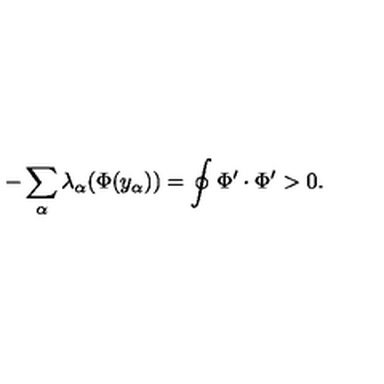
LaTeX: - \sum _ { \alpha } \lambda _ { \alpha } ( \Phi ( y _ { \alpha } ) ) = \oint \Phi ^ { \prime } \cdot \Phi ^ { \prime } > 0 .